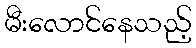
မီးလောင်နေသည့်